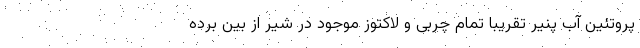
پروتئین آب پنیر تقریباً تمام چربی و لاکتوز موجود در شیر از بین برده